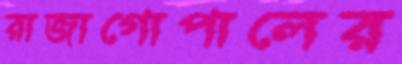
রাজাগোপালের